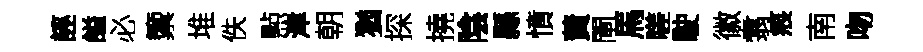
誣謚必籞堆佚㸃津朝猶探撓陰縣憤蕡閘馬嗟駛徽翥痕南吻